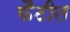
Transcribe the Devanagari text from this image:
फैटीत